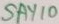
Text: SAY10